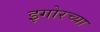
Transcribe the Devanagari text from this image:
इगोरच्या